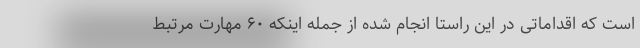
است که اقداماتی در این راستا انجام شده از جمله اینکه ۶۰ مهارت مرتبط